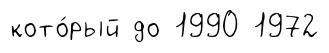
кото́рый до 1990 1972